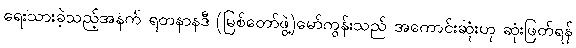
ရေးသားခဲ့သည့်အနက် ရတနာနဒီ (မြစ်တော်ဖွဲ့)မော်ကွန်းသည် အကောင်းဆုံးဟု ဆုံးဖြတ်ရန်